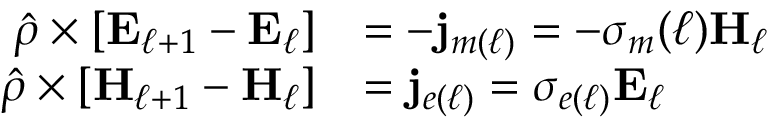
\begin{array} { r l } { \hat { \rho } \times \left[ \mathbf { E } _ { \ell + 1 } - \mathbf { E } _ { \ell } \right] } & { = - \mathbf { j } _ { m ( \ell ) } = - \sigma _ { m } ( \ell ) \mathbf { H } _ { \ell } } \\ { \hat { \rho } \times \left[ \mathbf { H } _ { \ell + 1 } - \mathbf { H } _ { \ell } \right] } & { = \mathbf { j } _ { e ( \ell ) } = \sigma _ { e ( \ell ) } \mathbf { E } _ { \ell } } \end{array}